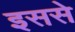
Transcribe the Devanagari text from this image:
इससेे